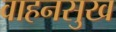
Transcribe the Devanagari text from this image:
वाहनसुख